Report on vaccination in the Province of Bengal - 1874-1889
Year: 1874
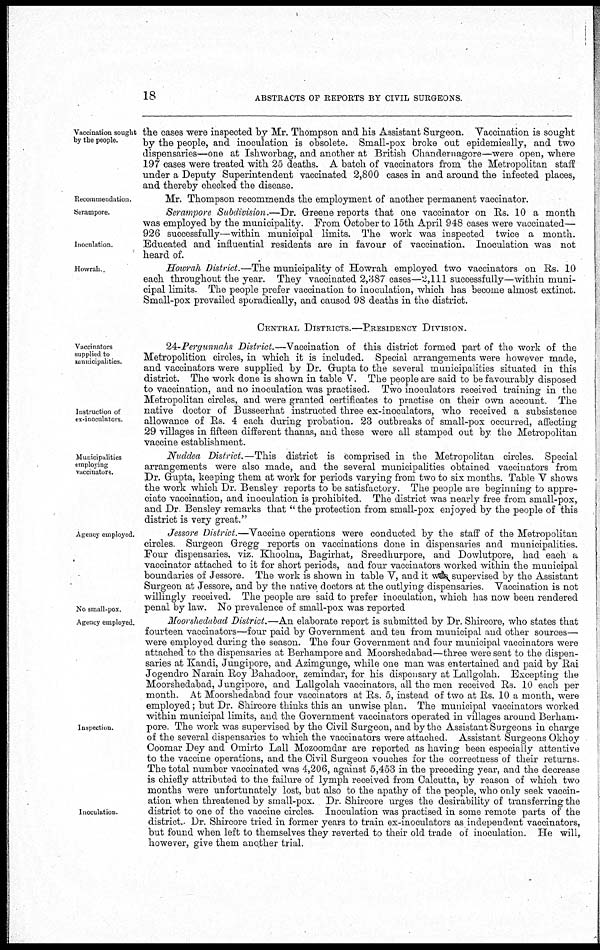
18
ABSTRACTS OF REPORTS BY CIVIL SURGEONS
Vaccination sought
by the people.
the cases were inspected by Mr. Thompson and his Assistant Surgeon. Vaccination is sought
by the people, and inoculation is obsolete. Small-pox broke out epidemically, and two
dispensaries—one at Ishworbag, and another at British Chandernagore—were open, where
197 cases were treated with 25 deaths. A batch of vaccinators from the Metropolitan staff
under a Deputy Superintendent vaccinated 2,800 cases in and around the infected places,
and thereby checked the disease.
Recommendation.
Mr. Thompson recommends the employment of another permanent vaccinator.
Serampore.
Inoculation.
Serampore Subdivision.—Dr. Greene reports that one vaccinator on Rs. 10 a month
was employed by the municipality. From October to 15th April 948 cases were vaccinated—
926 successfully—within municipal limits. The work was inspected twice a month.
Educated and influential residents are in favour of vaccination. Inoculation was not
heard of.
Howrah.
Howrah District.—The municipality of Howrah employed two vaccinators on Rs. 10
each throughout the year. They vaccinated 2,387 cases—2,111 successfully—within muni-
cipal limits. The people prefer vaccination to inoculation, which has become almost extinct.
Small-pox prevailed sporadically, and caused 98 deaths in the district.
CENTRAL DISTRICTS.—PRESIDENCY DIVISION.
Vaccinators
supplied to
municipalities.
Instruction of
ex-inoculators.
24-Pergunnahs District.—Vaccination of this district formed part of the work of the
Metropolition circles, in which it is included. Special arrangements were however made,
and vaccinators were supplied by Dr. Gupta to the several municipalities situated in this
district. The work done is shown in table V. The people are said to be favourably disposed
to vaccination, and no inoculation was practised. Two inoculators received training in the
Metropolitan circles, and were granted certificates to practise on their own account. The
native doctor of Busseerhat instructed three ex-inoculators, who received a subsistence
allowance of Rs. 4 each during probation. 23 outbreaks of small-pox occurred, affecting
29 villages in fifteen different thanas, and these were all stamped out by the Metropolitan
vaccine establishment.
Municipalities
employing
vaccinators.
Nuddea District.—This district is comprised in the Metropolitan circles. Special
arrangements were also made, and the several municipalities obtained vaccinators from
Dr. Gupta, keeping them at work for periods varying from two to six months. Table V shows
the work which Dr. Bensley reports to be satisfactory. The people are beginning to appre-
ciate vaccination, and inoculation is prohibited. The district was nearly free from small-pox,
and Dr Bensley remarks that " the protection from small-pox enjoyed by the people of this
district is very great."
Agency employed.
No small-pox.
Jessore District.—Vaccine operations were conducted by the staff of the Metropolitan
circles. Surgeon Gregg reports on vaccinations done in dispensaries and municipalities.
Four dispensaries, viz. Khoolna, Bagirhat, Sreedhurpore, and Dowlutpore, had each a
vaccinator attached to it for short periods, and four vaccinators worked within the municipal
boundaries of Jessore. The work is shown in table V, and it was supervised by the Assistant
Surgeon at Jessore, and by the native doctors at the outlying dispensaries. Vaccination is not
willingly received. The people are said to prefer inoculation, which has now been rendered
penal by law. No prevalence of small-pox was reported
Agency employed.
Inspection.
Inoculation.
Moorshedabad District.—An elaborate report is submitted by Dr. Shircore, who states that
fourteen vaccinators—four paid by Government and ten from municipal and other sources—
were employed during the season. The four Government and four municipal vaccinators were
attached to the dispensaries at Berhampore and Moorshedabad—three were sent to the dispen-
saries at Kandi, Jungipore, and Azimgunge, while one man was entertained and paid by Rai
Jogendro Narain Roy Bahadoor, zemindar, for his dispensary at Lallgolah. Excepting the
Moorshedabad, Jungipore, and Lallgolah vaccinators, all the men received Rs. 10 each per
month. At Moorshedabad four vaccinators at Rs. 5, instead of two at Rs. 10 a month, were
employed; but Dr. Shircore thinks this an unwise plan. The municipal vaccinators worked
within municipal limits, and the Government vaccinators operated in villages around Berham-
pore. The work was supervised by the Civil Surgeon, and by the Assistant Surgeons in charge
of the several dispensaries to which the vaccinators were attached. Assistant Surgeons Okhoy
Coomar Dey and Omirto Lall Mozoomdar are reported as having been especially attentive
to the vaccine operations, and the Civil Surgeon vouches for the correctness of their returns
The total number vaccinated was 4,206, against 5,453 in the preceding year, and the decrease
is chiefly attributed to the failure of lymph received from Calcutta, by reason of which two
months were unfortunately lost, but also to the apathy of the people, who only seek vaccin-
ation when threatened by small-pox. Dr. Shircore urges the desirability of transferring the
district to one of the vaccine circles. Inoculation was practised in some remote parts of the
district. Dr. Shircore tried in former years to train ex-inoculators as independent vaccinators,
but found when left to themselves they reverted to their old trade of inoculation. He will,
however, give them another trial.